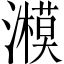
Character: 𤂨